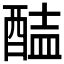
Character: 𨡝